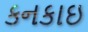
કનકાઇ